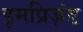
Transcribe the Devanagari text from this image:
इमप्रिज़ंड